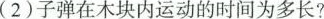
(2)子弹在木块内运动的时间为多长?